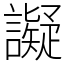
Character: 譺